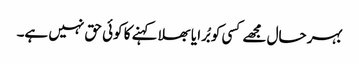
بہر حال مجھے کسی کو بُرا یا بھلا کہنے کا کوئی حق نہیں ہے۔